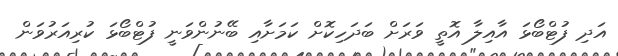
އަދި ފުޓްބޯޅަ އާއިލާ އޮތީ ވަރަށް ބަދަހިކޮށް ކަމަށާއި ބޭނުންވަނީ ފުޓްބޯޅަ ކުރިއަރުވަން